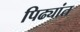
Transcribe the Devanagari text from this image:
पिढ्यांत